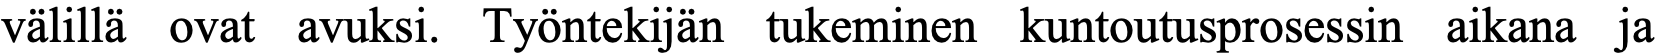
välillä ovat avuksi. Työntekijän tukeminen kuntoutusprosessin aikana ja